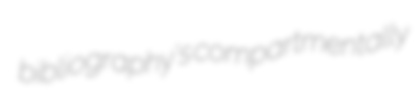
bibliography's compartmentally